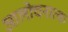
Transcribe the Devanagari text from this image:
आलोचनात्‍क